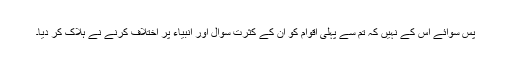
پس سوائے اس کے نہیں کہ تم سے پہلی اقوام کو ان کے کثرتِ سوال اور انبیاء پر اختلاف کرنے نے ہلاک کر دیا۔